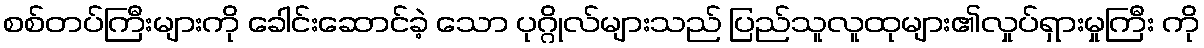
စစ်တပ်ကြီးများကို ခေါင်းဆောင်ခဲ့ သော ပုဂ္ဂိုလ်များသည် ပြည်သူလူထုများ၏လှုပ်ရှားမှုကြီး ကို